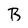
Character: B